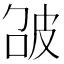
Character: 𤿘